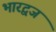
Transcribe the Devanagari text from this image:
भारद्वज